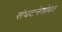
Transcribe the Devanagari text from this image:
संघटनेसोबत